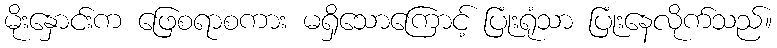
မိုးနှောင်းက ဖြေစရာစကား မရှိသောကြောင့် ပြုံးရုံသာ ပြုံးနေလိုက်သည်။